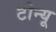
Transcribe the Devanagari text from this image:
टोन्यू